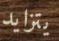
يتزايد